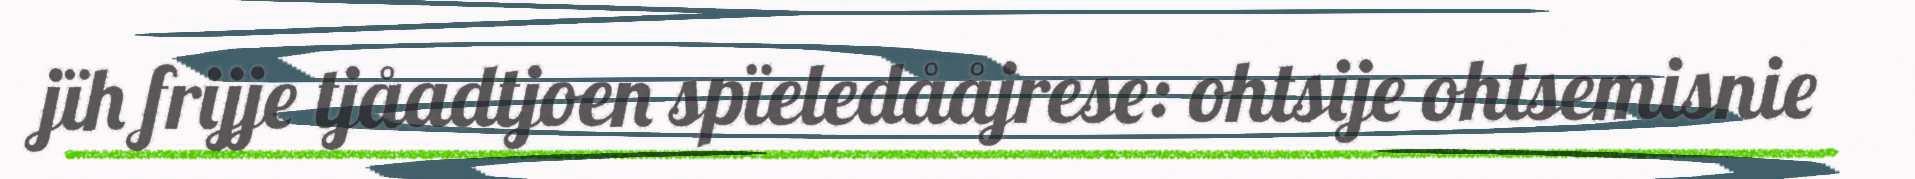
jïh frijje tjåadtjoen spïeledååjrese: ohtsije ohtsemisnie